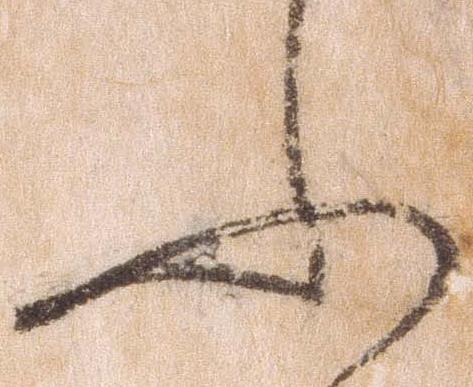
ふ